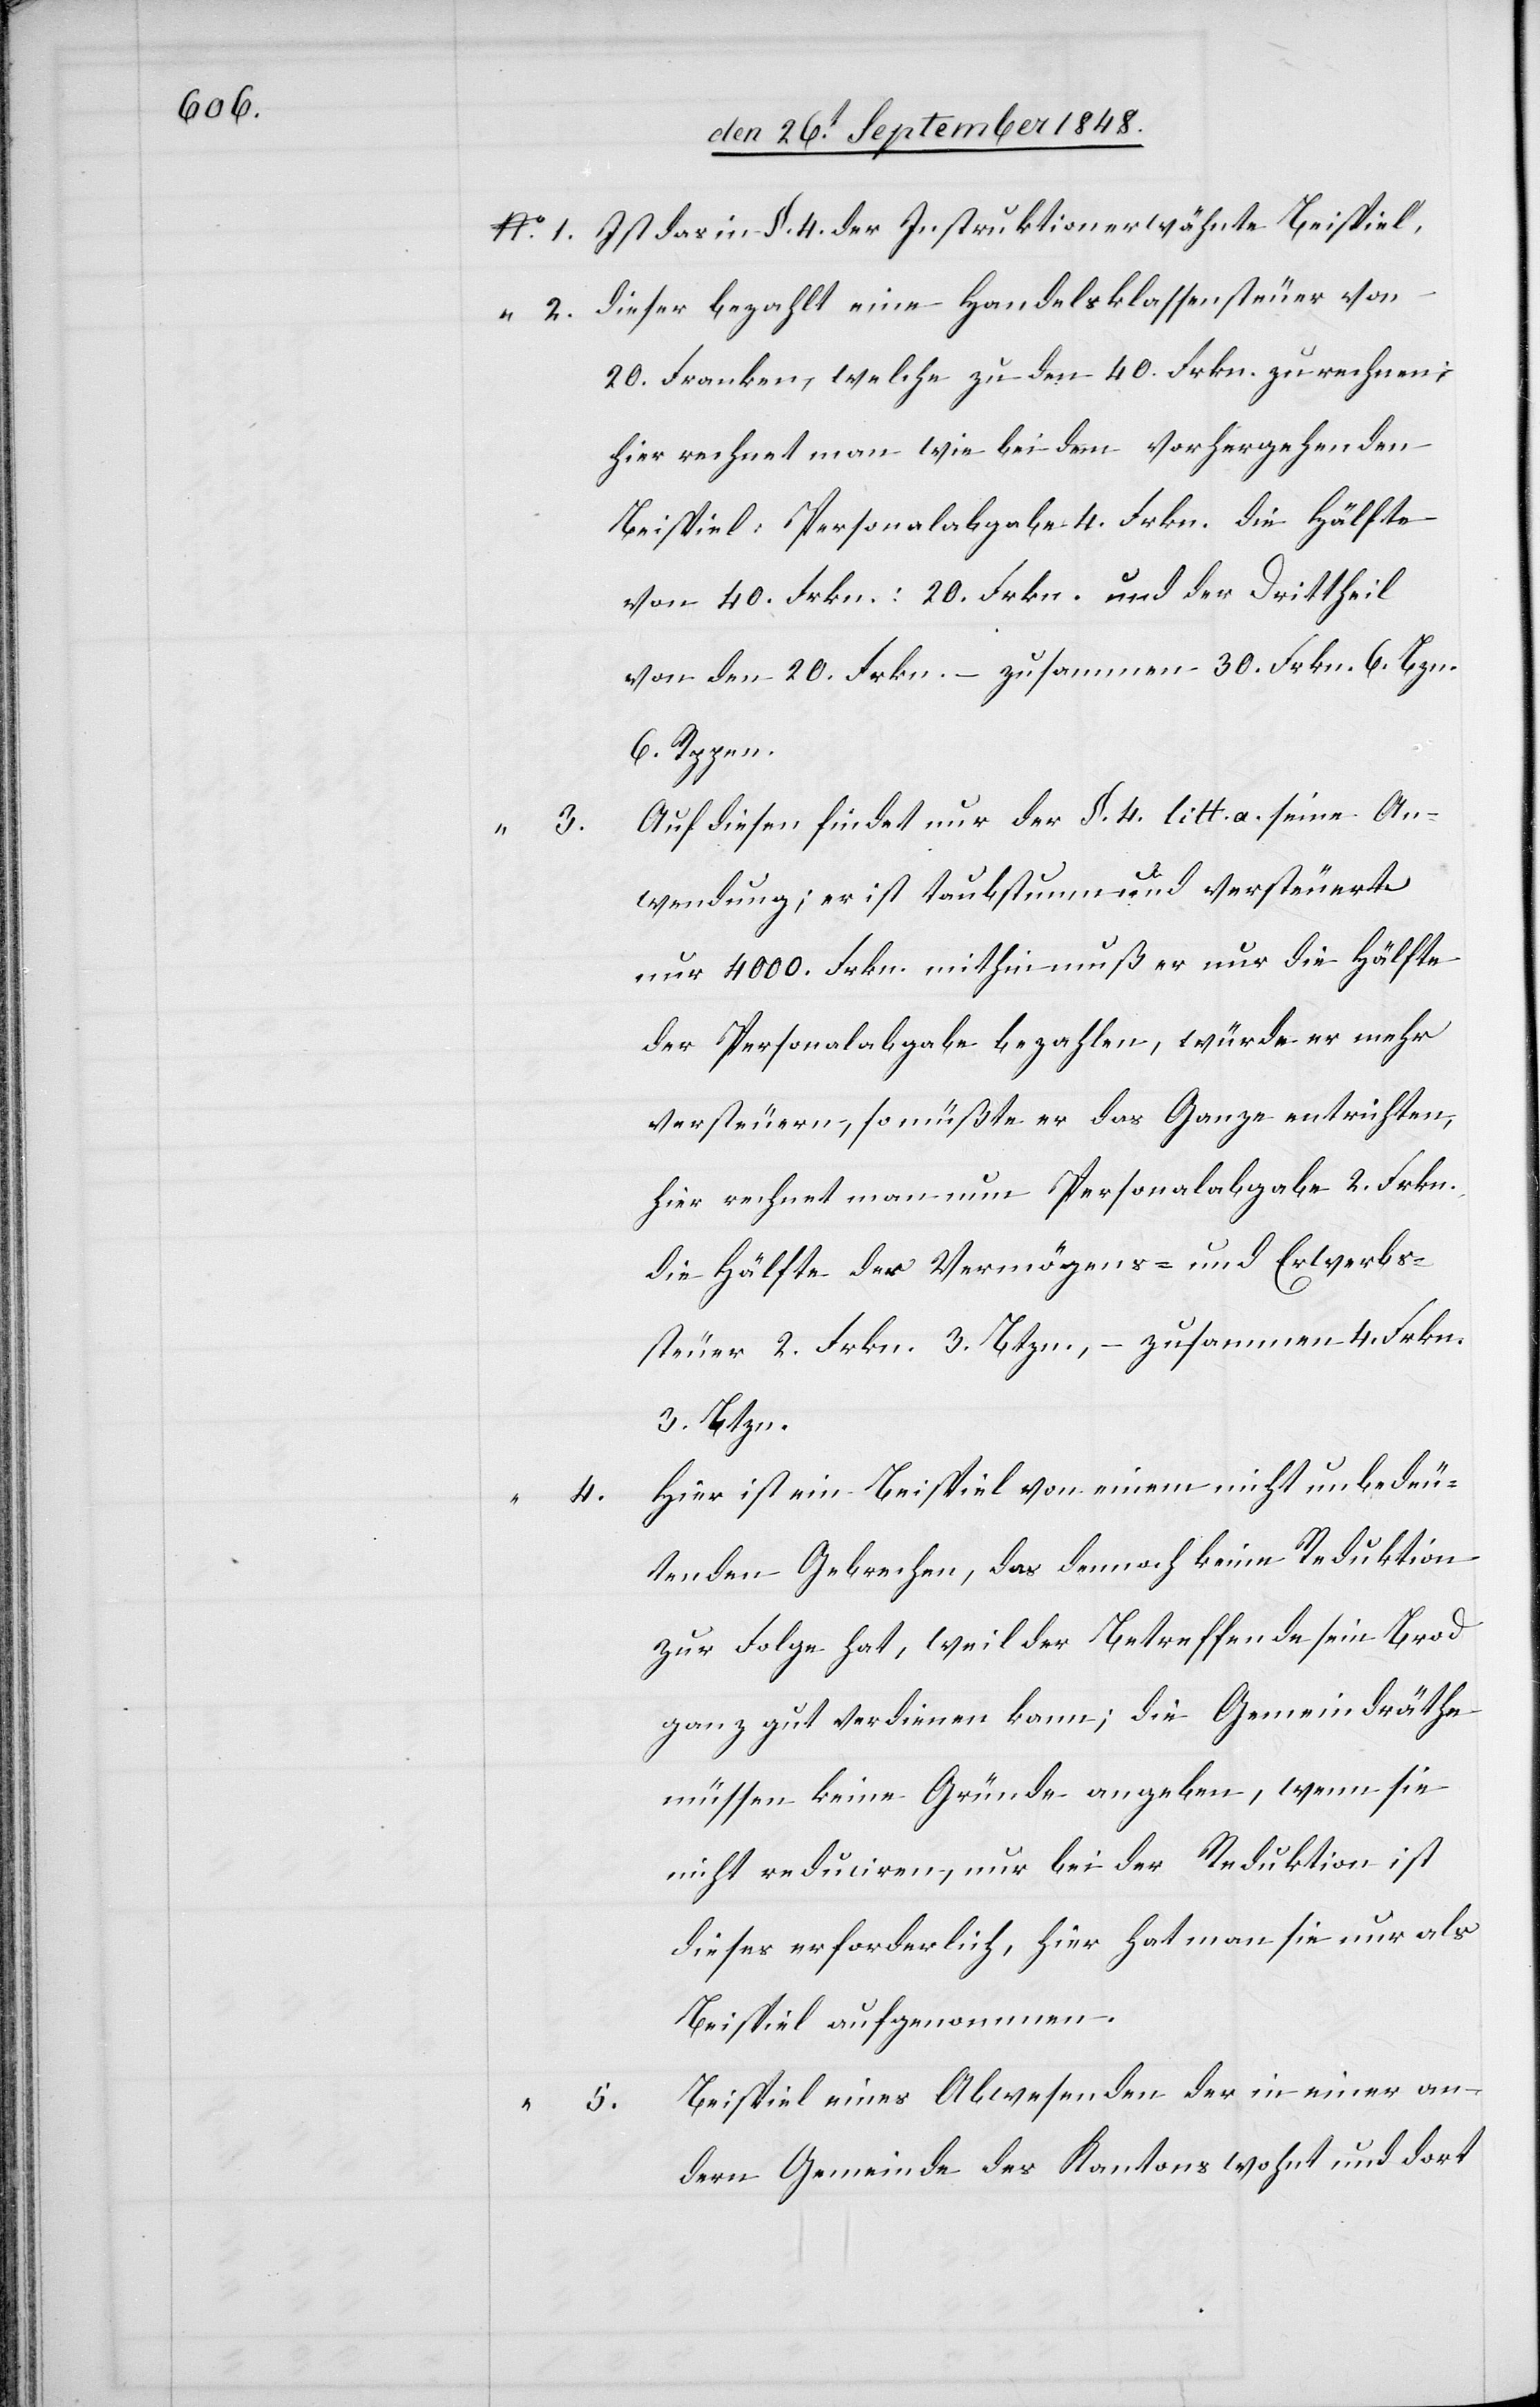
1.

4.

5.

Ist das in §. 4. der Instruktion erwähnte Beispiel.
dieser bezahlt eine Handelsklassensteuer von
20. Frkn., welche zu den 40. Frkn. zu rechnen,
hier rechnet man wie bei dem vorhergehenden
Beispiel: Personalabgabe 4. Frkn. die Hälfte
von 40. Frkn.: 20. Frkn. und der Drittheil
von 20. Frkn. – zusammen 30. Frkn. 6. Bzn
6. Rppen.
Auf diesen findet nur der §. 4. litt. a. seine An¬
3.
wendung; er ist taubstumm und versteuert
nur 4000. Frkn. mithin muß er nur die Hälfte
der Personalabgabe bezahlen, würde er mehr
versteuern, so müßte er das Ganze entrichten,
hier rechnet man nun Personalabgabe 2. Frkn.
die Hälfte der Vermögens- und Erwerbs¬
steuer 2. Frkn. 3. Btz[en]., – zusammen 4. Frkn.
3. Btzn.
Hier ist ein Beispiel von einem nicht unbedeu¬
tenden Gebrechen, das dennoch keine Reduktion
zur Folge, hat, weil der Betreffende sein Brod
ganz gut verdienen kann; die Gemeindräthe
müssen keine Gründe angeben, wenn sie
nicht reduciren, nur bei der Reduktion ist
dieses erforderlich, hier hat man sie nur als
Beispiel aufgenommen.
Beispiel eines Abwesenden der in einer an¬
dern Gemeinde des Kantons wohnt und dort